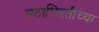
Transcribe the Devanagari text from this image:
मठाधिपतींच्या